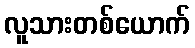
လူသားတစ်ယောက်